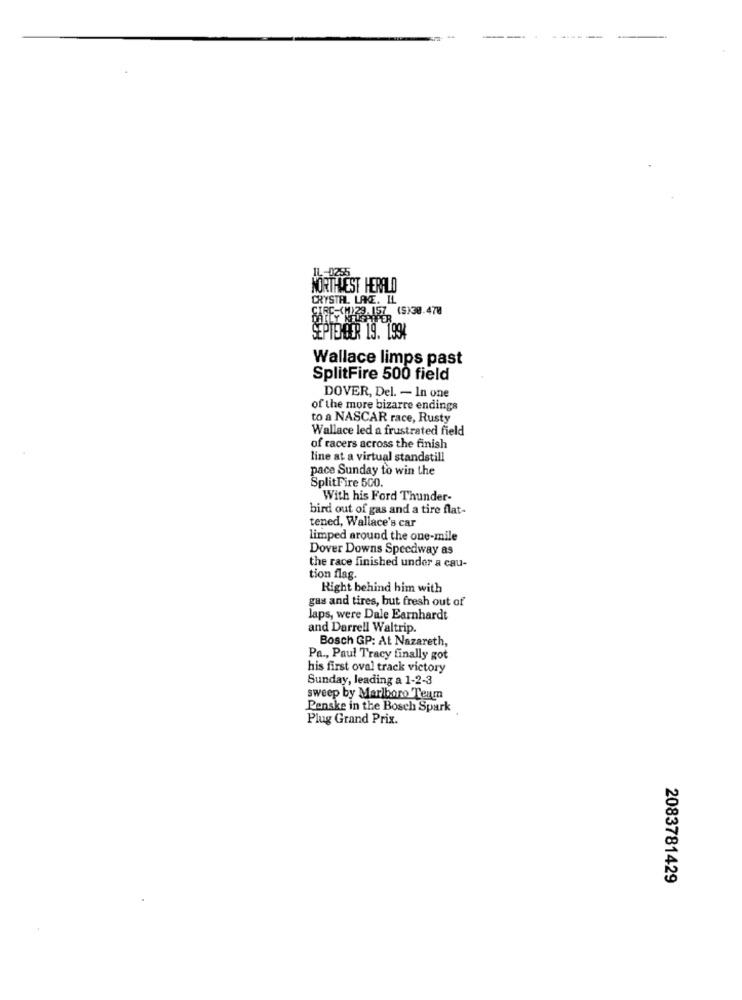
THEST HERALD
CRYSTAL LAKE. IL
BARE- 122.157 (5)38.470
SEPTEMBER 19. 1994
Wallace limps past
SplitFire 500 field
DOVER, Del. - In one
of the more bizarre endings
to a NASCAR race, Rusty
Wallace led a frustrated field
of racers across the finish
line at a virtual standstill
pace Sunday to win the
SplitFire 500.
With his Ford Thunder-
bird out of gas and a tire flat-
tened, Wallace's car
limped around the one-mile
Dover Downs Speedway as
the race finished under a cau-
tion flag.
Right behind him with
gas and tires, but fresh out of
laps, were Dale Earnhardt
and Darrell Waltrip.
Bosch GP: At Nazareth,
Pa ., Paul Tracy finally got
his first oval track victory
Sunday, leading a 1-2-3
sweep by Marlboro Team
Penske in the Bosch Spark
Plug Grand Prix.
2083781429